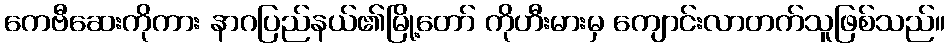
ကေဗီဆေးကိုကား နာဂပြည်နယ်၏မြို့တော် ကိုဟီးမားမှ ကျောင်းလာတက်သူဖြစ်သည်။